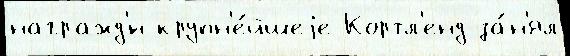
награжд'́н крупн'е́йшеjе Кортл'енд за́н'ял